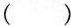
( )